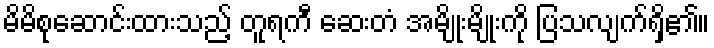
မိမိစုဆောင်းထားသည့် တူရကီ ဆေးတံ အမျိုးမျိုးကို ပြသလျက်ရှိ၏။